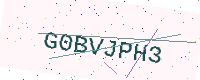
Text: G0BVJPH3